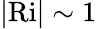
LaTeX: |\textrm{Ri}|\sim 1